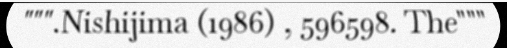
""".Nishijima (1986) , 596598. The"""